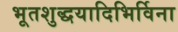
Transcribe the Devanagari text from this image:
भूतशुद्धयादिभिर्विना